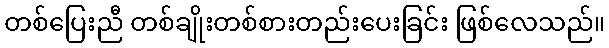
တစ်ပြေးညီ တစ်ချိုးတစ်စားတည်းပေးခြင်း ဖြစ်လေသည်။